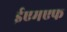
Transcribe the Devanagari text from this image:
ईएमएफ